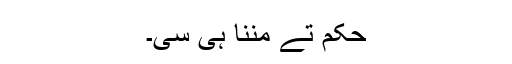
حکم تے مننا ہی سی۔